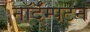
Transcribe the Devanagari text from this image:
नॉर्दॅम्पटन